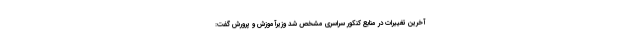
آخرین تغییرات در منابع کنکور سراسری مشخص شد وزیرآموزش و پرورش گفت: